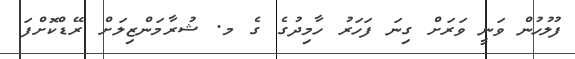
ފުލުހުން ވަނީ ވަރަށް ގިނަ ފަހަރު ހާމިދުގެ ގެ މ. ޝުރާމަންޒިލަށް ރޭޑްކޮށްފަ